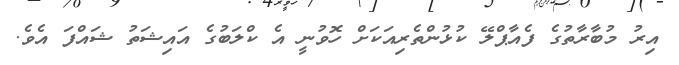
އިރު މުބާރާތުގެ ފެއާޕްލޭ ކުޅުންތެރިއަކަށް ހޮވުނީ އެ ކްލަބުގެ އައިޝަތު ޝައްފަ އެވެ.